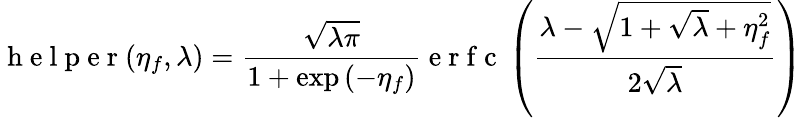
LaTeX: \mathrm{~h~e~l~p~e~r~}(\eta_{f},\lambda)=\frac{\sqrt{\lambda\pi}}{1+\exp{(-\eta_{f})}}\mathrm{~e~r~f~c~}\left(\frac{\lambda-\sqrt{1+\sqrt{\lambda}+\eta_{f}^{2}}}{2\sqrt{\lambda}}\right)